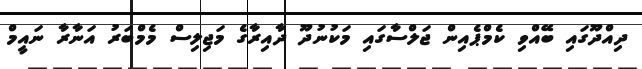
ދިއްދޫގައި ބޭއްވި ކެމްޕެއިން ޖަލްސާގައި މަކުނުދޫ ދާއިރާގެ މަޖިލިސް މެމްބަރު އަނާރާ ނައީމް